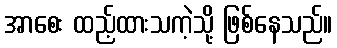
အာစေး ထည့်ထားသကဲ့သို့ ဖြစ်နေသည်။